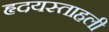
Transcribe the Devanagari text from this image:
हृदयस्ताहली